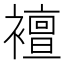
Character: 襢